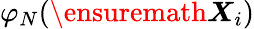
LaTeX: \varphi_{N}(\ensuremath{\boldsymbol{X}}_{i})